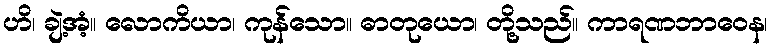
ဟိ၊ ချဲ့အံ့။ လောကိယာ၊ ကုန်သော။ ဓာတုယော၊ တို့သည်။ ကာရဏဘာဝေန၊